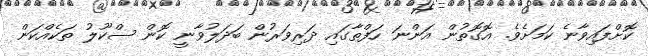
ކޮށްފައިވާނެ ކަމަށެވެ. އޮގޮތުން އަންނަ ހަފްތާގައި ދަރިވަރުން ބަދަލުވާނީ ކޮން ސްކޫލު ތަކެއްކަން